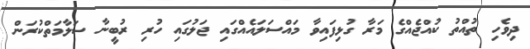
ދިވެހި ތުއްތު ކުއްޖެއްގެ މަރާ ގުޅިފައިވާ މައްސަލައެއްގައި ޖަލުގައި ހުރި ރުބީނާ ސަލާމަތްކުރަން